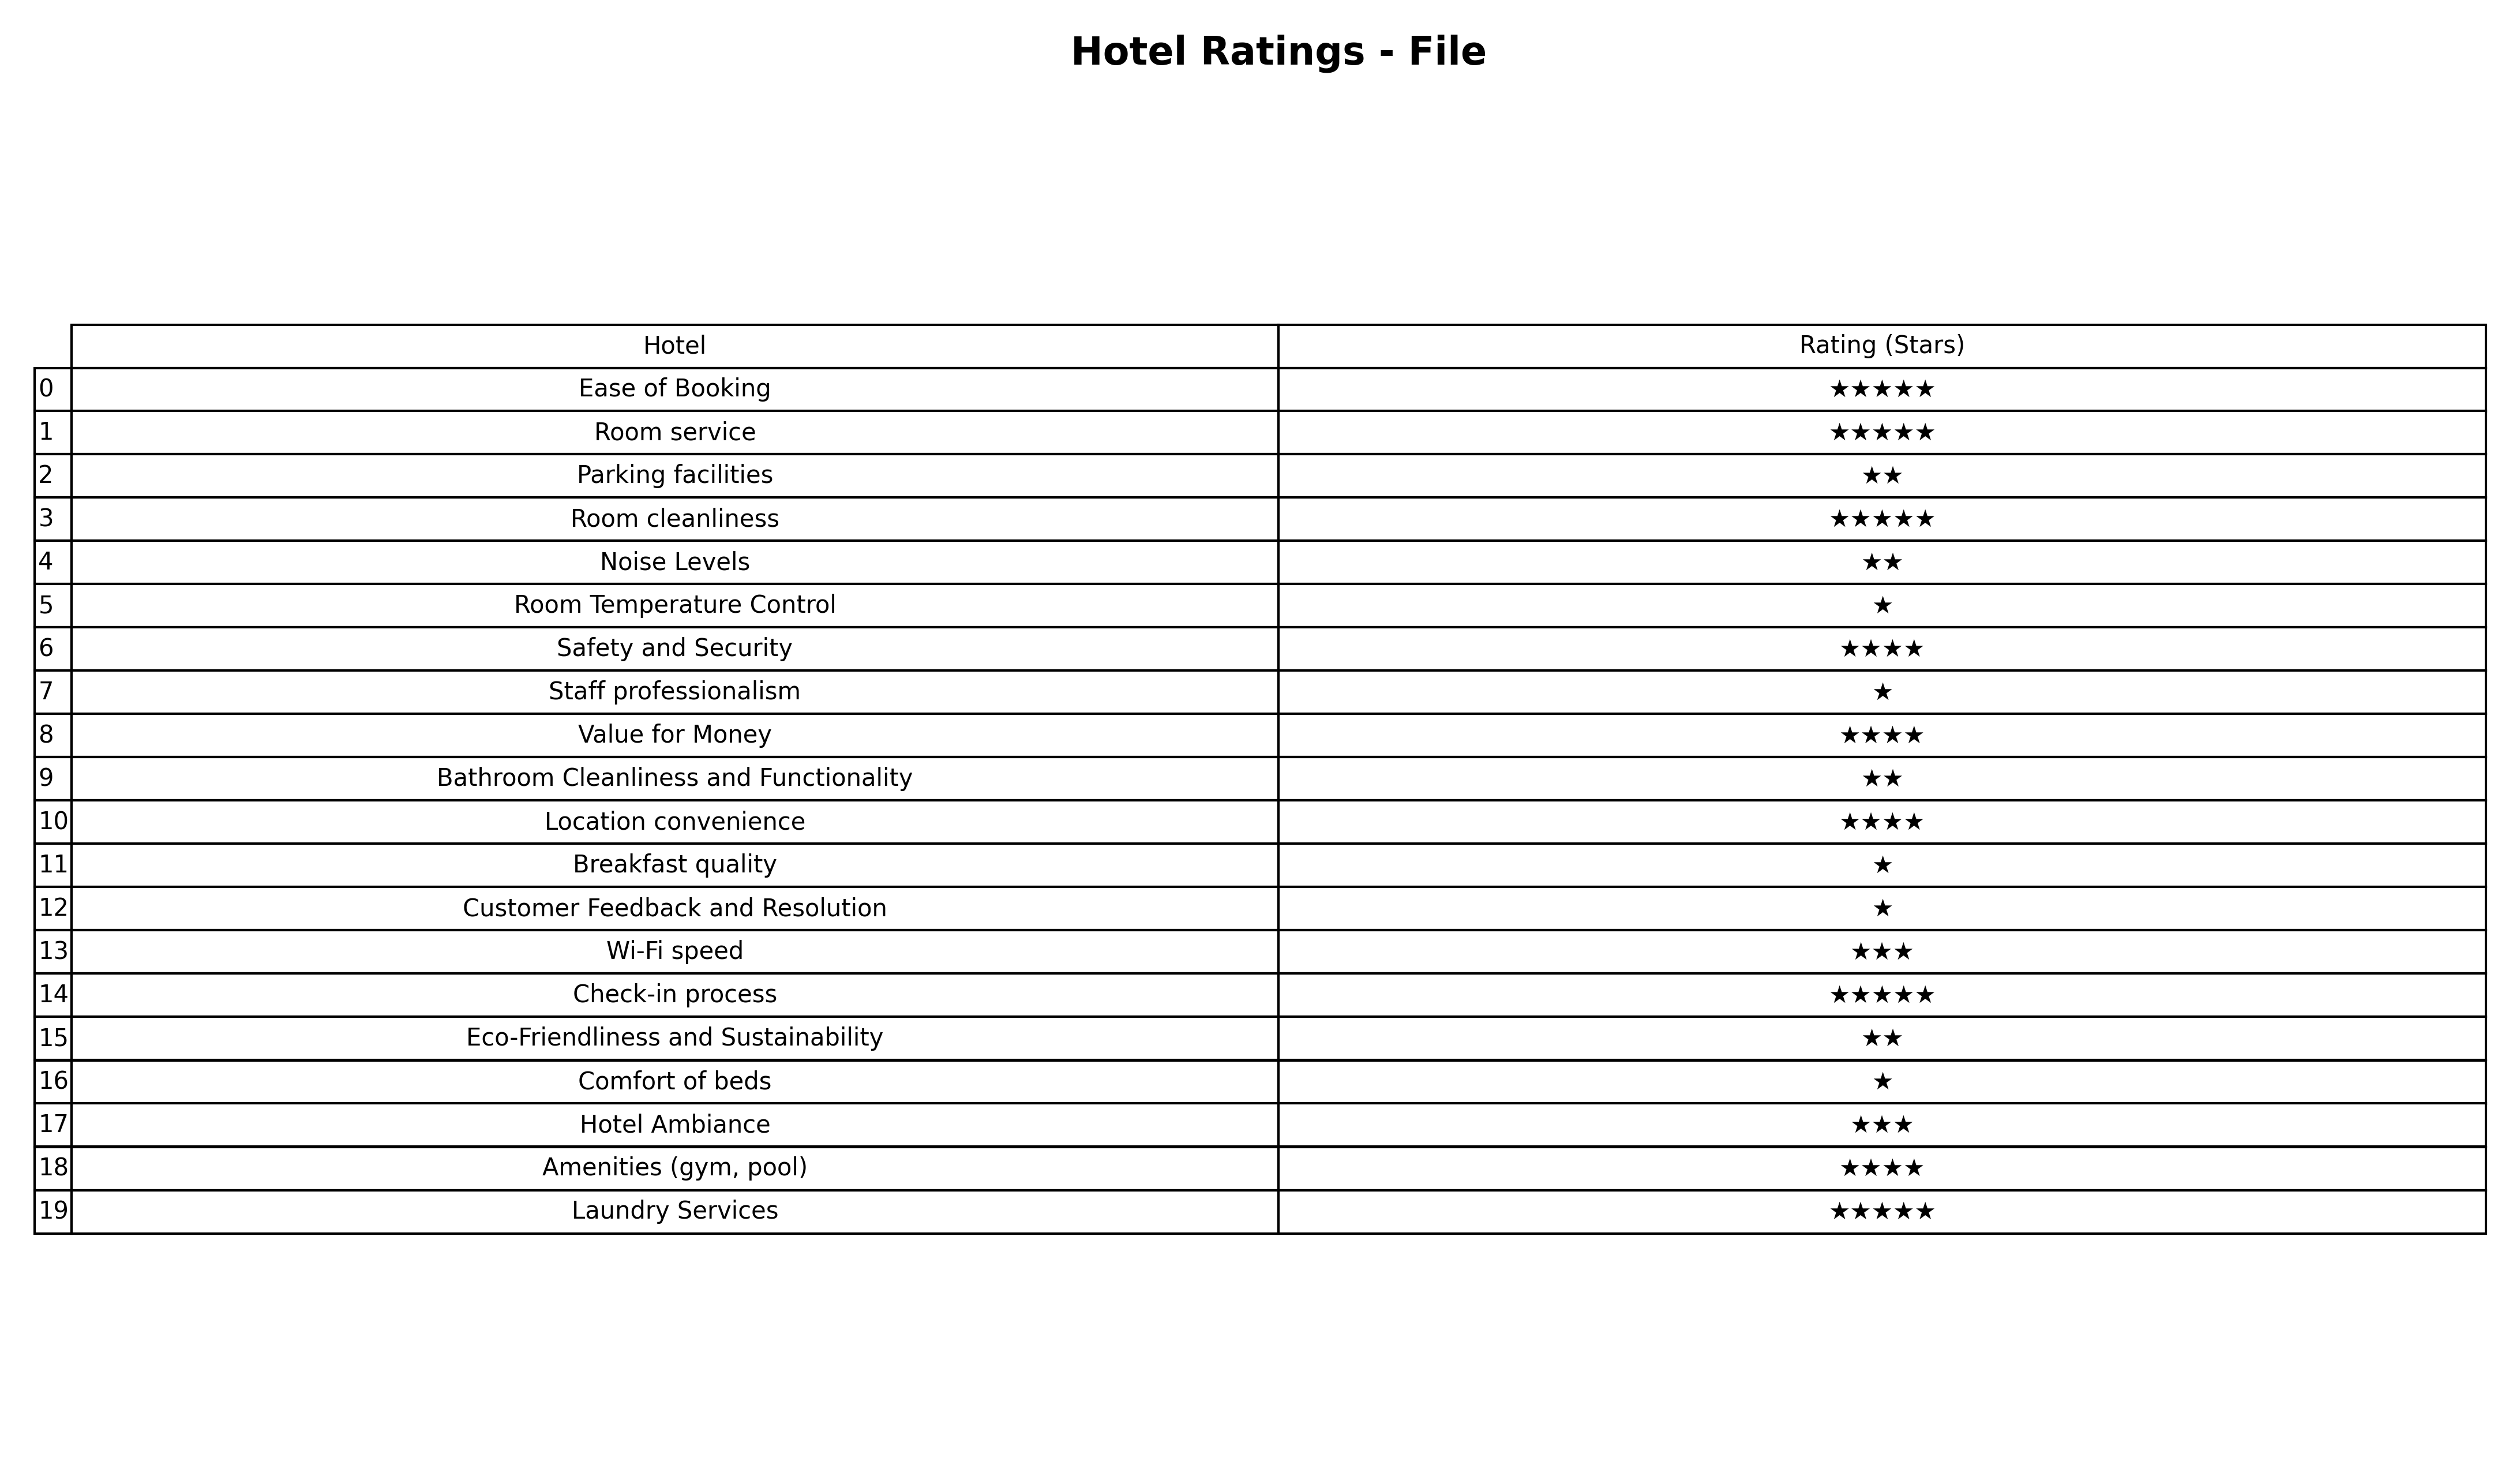
question: What are five star services?
answer: Ease of BookingRoom serviceRoom cleanlinessCheck-in processLaundry Services